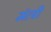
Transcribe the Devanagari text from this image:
मंत्त्री